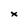
Character: x